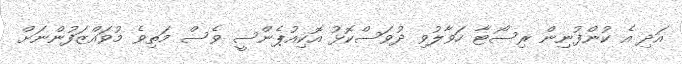
އަދި އެ ކުންފުނިން ރިސޯޓާ ހަވާލުވި ދުވަސްކޮޅު އޮކިއުޕެންސީ ވެސް މަތިވެ މުވައްޒަފުންނަށް